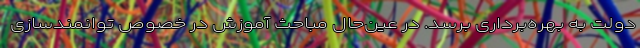
دولت به بهره‌برداری برسد. در عین‌حال مباحث آموزش در خصوص توانمندسازی